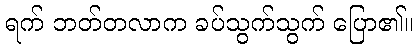
ရက် ဘတ်တလာက ခပ်သွက်သွက် ပြော၏။